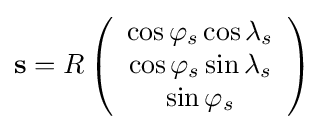
{\mathbf {s} }=R\left({\begin{array}{c}\cos \varphi _{s}\cos \lambda _{s}\\\cos \varphi _{s}\sin \lambda _{s}\\\sin \varphi _{s}\end{array}}\right)